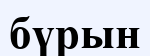
бүрын